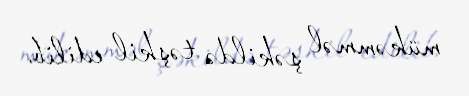
mükəmməl şəkildə təşkil edilib.